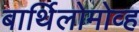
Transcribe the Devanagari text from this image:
बार्थिलोमोव्ह